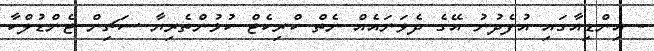
- އިންޑިއާގައި އުފެދުނު އޭގެ ދެވަނައެއް ނެތް ކްރިކެޓް ކުޅުންތެރިޔާ ސަޗިން ޓެންޑުލްކާ